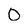
Character: 0